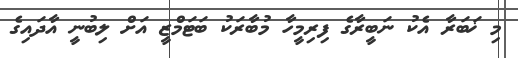
މި ޚަބަރާ އެކު ނަބީރާގެ ފިރިމީހާ މުބާރަކު ބަޓަމްޒީ އަށް ލިބުނީ އާދައިގެ